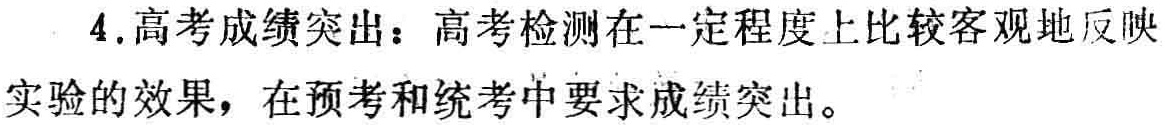
4.高考成绩突出：高考检测在一定程度上比较客观地反映实验的效果，在预考和统考中要求成绩突出。